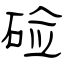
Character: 硷